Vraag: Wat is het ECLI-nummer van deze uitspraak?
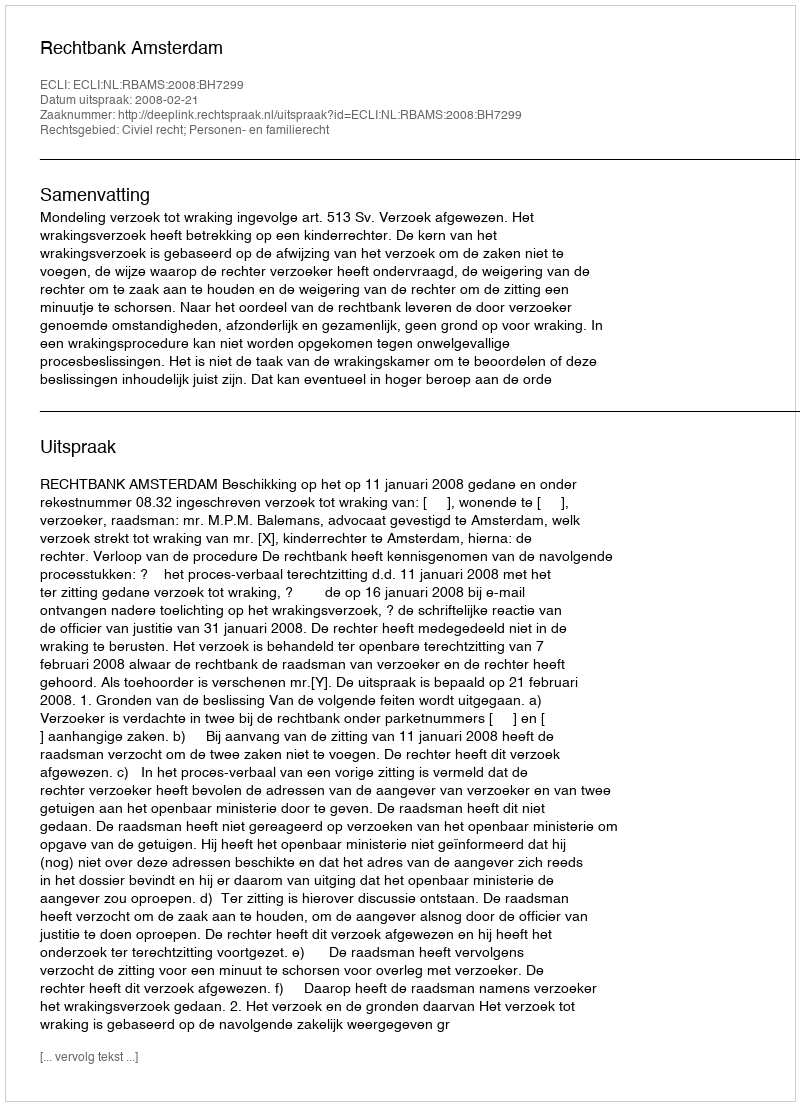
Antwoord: ECLI:NL:RBAMS:2008:BH7299